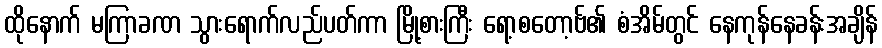
ထိုနောက် မကြာခဏ သွားရောက်လည်ပတ်ကာ မြို့စားကြီး ရော့စတော့ဗ်၏ စံအိမ်တွင် နေကုန်နေခန်းအချိန်